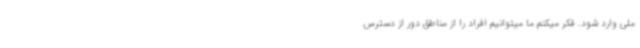
ملی وارد شود. فکر میکنم ما میتوانیم افراد را از مناطق دور از دسترس